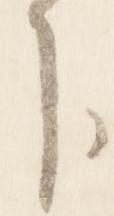
下